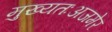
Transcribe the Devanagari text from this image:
मुख्यतःअजमेर